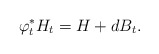
\begin{align*}\varphi_{t}^{*}H_{t} = H + dB_{t}.\end{align*}